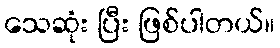
သေဆုံး ပြီး ဖြစ်ပါတယ်။